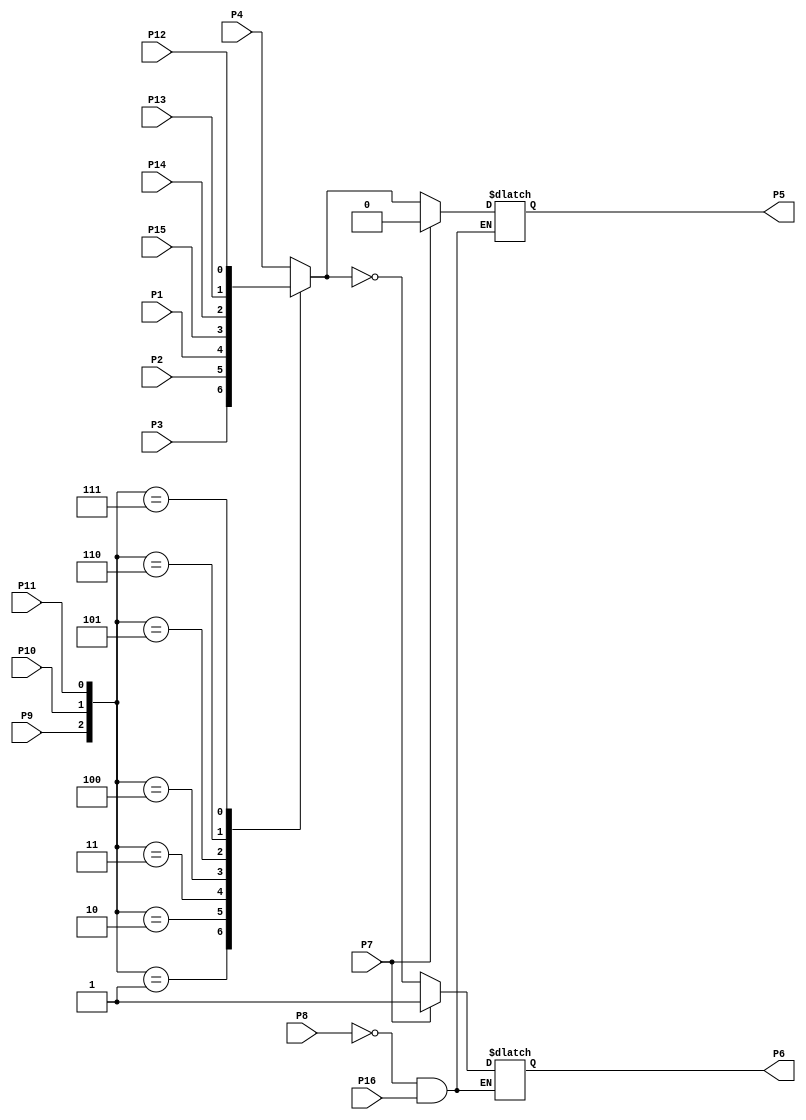
//================================================================--
// Design Unit	: sn74151 (behaviour) 
//
//
// Purpose	: model of TTL SN74151  8-bit mux 
//
//
// Environmant	: Icarus
//-------------------------------------------------------------------
// Revision List	
// Version	Author	Date	Changes
// 1.0		PW	Nov 10 New version
//================================================================--

module sn74151 (P1,P2,P3,P4,P5,P6,P7,P8,P9,P10,P11,P12,P13,P14,P15,P16); 

   output P5, P6;
   input P1, P2, P3, P4, P7, P8, P9, P10, P11, P12, P13, P14, P15, P16;

   reg [2:0] control;
   reg P5, P6;

   always @(P1,P2, P3, P4, P7, P8, P9, P10, P11, P12, P13, P14, P15, P16) begin

      if ((P8 == 1'b 0) && (P16 == 1'b 1)) begin

         if (P7 == 1'b 1) begin
            P5=1'b 0;
            P6=1'b 1;
         end else begin 
            
            control={P9, P10, P11}; 
            case (control)
               3'b000: P5=P4; 
               3'b001: P5=P3;
               3'b010: P5=P2;
               3'b011: P5=P1;
               3'b100: P5=P15;
               3'b101: P5=P14;
               3'b110: P5=P13;
               3'b111: P5=P12;
            endcase 

            P6=~P5;

         end
      end
      
   end

endmodule